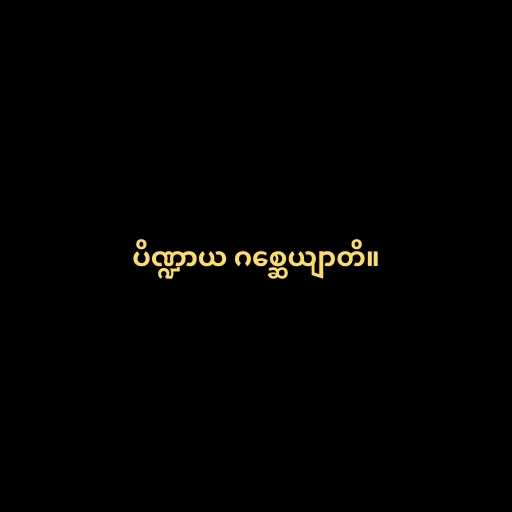
ပိဏ္ဍာယ ဂစ္ဆေယျာတိ။